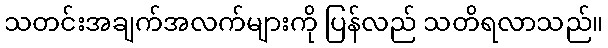
သတင်းအချက်အလက်များကို ပြန်လည် သတိရလာသည်။